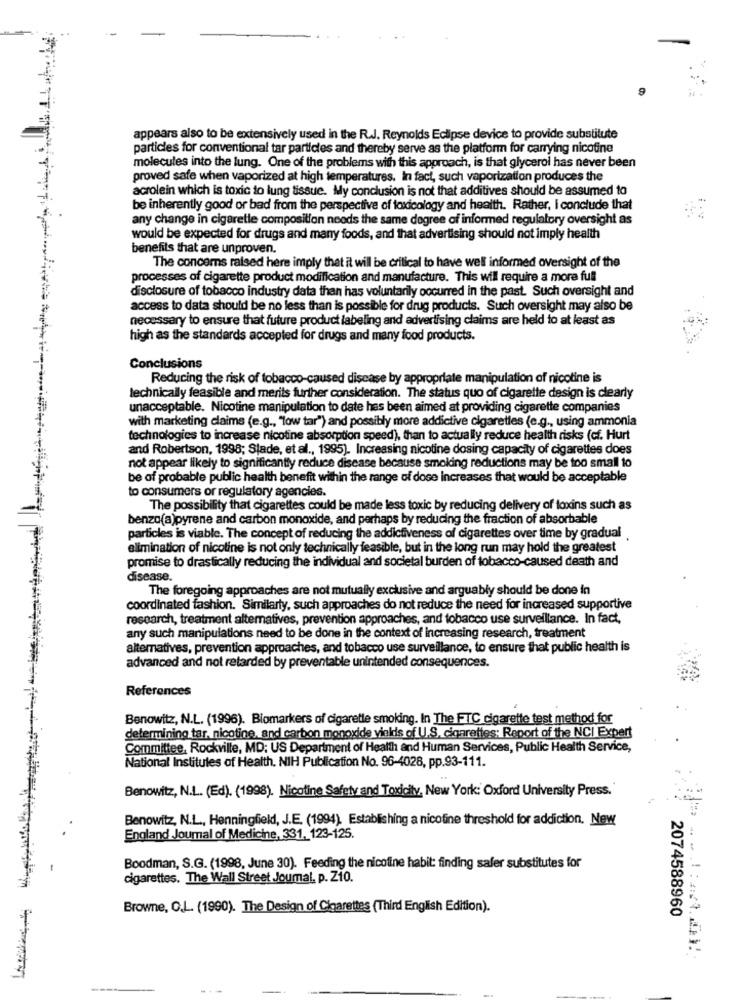
appears also to be extensively used in the R.J. Reynolds Eclipse device to provide substitute
particles for conventional tar particles and thereby serve as the platform for carrying nicotine
molecules into the lung. One of the problems with this approach, is that glycerol has never been
proved safe when vaporized at high temperatures. In fact, such vaporization produces the
acrolein which is toxic to lung tissue. My conclusion is not that additives should be assumed to
be inherently good or bad from the perspective of toxicology and health. Rather, i conclude that
any change in cigaretle composition needs the same degree of informed regulatory oversight as
would be expected for drugs and many foods, and that advertising should not imply health
benefits that are unproven.
The concerns raised here imply that it will be critical to have well informed Oversight of the
processes of cigarette product modification and manufacture. This will require a more full
disclosure of tobacco industry data than has voluntarily occurred in the past. Such oversight and
access to data should be no less than is possible for drug products. Such oversight may also be
necessary to ensure that future product labeling and advertising claims are held to at least as
high as the standards accepted for drugs and many food products.
Conclusions
Reducing the risk of tobacco-caused disease by appropriate manipulation of nicotine is
technically feasible and merits further consideration. The status quo of cigarette design is clearly
unacceptable. Nicotine manipulation to date has been aimed at providing cigarette companies
with marketing claims (e.g ., "low tar") and possibly more addictive cigarettes (e.g ., using ammonia
technologies to increase nicotine absorption speed), than to actually reduce health risks (cf. Hurt
and Robertson, 1998; Stade, et al ., 1995). Increasing nicotine dosing capacity of cigarettes does
not appear likely to significantly reduce disease because smoking reductions may be too small to
be of probable public health benefit within the range of dose Increases that would be acceptable
to consumers or regulatory agencies.
The possibility that cigarettes could be made less toxic by reducing delivery of toxins such as
benzo(a)pyrene and carbon monoxide, and perhaps by reducing the fraction of absorbable
particles is viable. The concept of reducing the addictiveness of cigarettes over time by gradual
elimination of nicotine is not only technically feasible, but in the long run may hold the greatest
promise to drastically reducing the individual and societal burden of tobacco-caused death and
disease.
The foregoing approaches are not mutually exclusive and arguably should be done in
coordinated fashion. Similarly, such approaches do not reduce the need for increased supportive
research, treatment alternatives, prevention approaches, and tobacco use surveillance. In fact,
any such manipulations need to be done in the context of increasing research, treatment
alternatives, prevention approaches, and tobacco use surveillance, to ensure that public health is
advanced and not retarded by preventable unintended consequences.
References
Benowitz, N.L. (1996). Biomarkers of cigarette smoking. In The FTC cigarette test method for
determining tar, nicotine, and carbon monoxide vields of U.S, cigarettes; Report of the NCI Expert
Committee, Rockville, MD: US Department of Health and Human Services, Public Health Service,
National Institutes of Health, NIH Publication No. 96-4028, pp.93-111.
Benowitz, N.L. (Ed). (1998). Nicotine Safety and Toxicity, New York: Oxford University Press.
Benowitz, N.L ., Henningfield, J.E. (1994). Establishing a nicotine threshold for addiction, New
England Journal of Medicine, 331, 123-125.
Boodman, S.G. (1998, June 30). Feeding the nicoline habit: finding safer substitutes for
cigarettes. The Wall Street Journal, p. Z10.
Browne, O.L. (1990). The Design of Cigarettes (Third English Edition).
2074588960